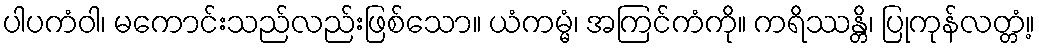
ပါပကံဝါ၊ မကောင်းသည်လည်းဖြစ်သော။ ယံကမ္မံ၊ အကြင်ကံကို။ ကရိဿန္တိ၊ ပြုကုန်လတ္တံ့။